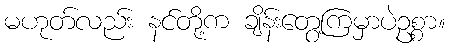
မဟုတ်လည်း နင်တို့က ချိန်းတွေ့ကြမှာပဲဥစ္စာ။